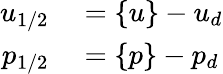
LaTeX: \begin{array}{rl}{u_{1/2}}&{{}=\{ u\} -u_{d}}\\ {p_{1/2}}&{{}=\{ p\} -p_{d}}\end{array}